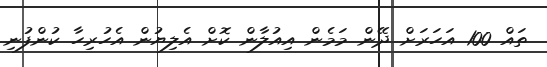
ތައް 100 އަހަރަށް ދޭން މަމެން އިއުލާން ކޮށް އެލިޔުން އެހުރިހާ ކުންފުނި